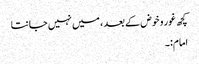
کچھ غور و خوض کے بعد ، میں نہیں جانتا
امام:۔